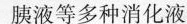
胰液等多种消化液。